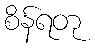
စိန်ရတု